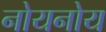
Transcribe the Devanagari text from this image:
नोयनोय